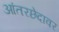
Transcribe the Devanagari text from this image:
आंतरछेदावर